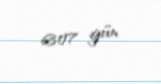
6307 gün